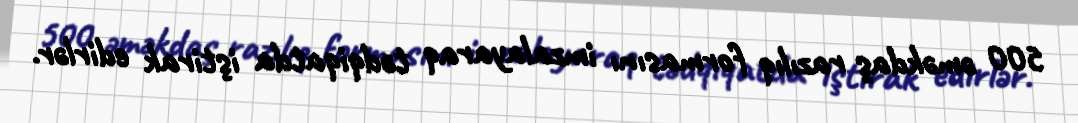
500 əməkdaş razılıq formasını imzalayaraq tədqiqatda iştirak edirlər.